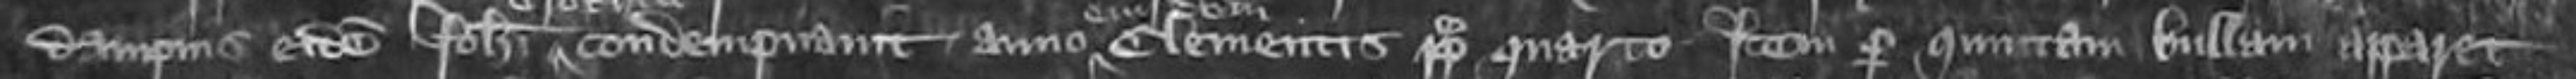
dampnis eidem Johanni condempnavit anno Clementis pape quarto Item per quintam bullam apparet